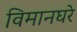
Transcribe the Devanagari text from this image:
विमानघरे